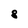
Character: 8